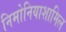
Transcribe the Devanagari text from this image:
निमोनियाशामिल